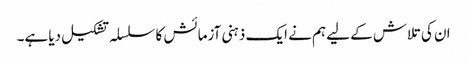
ان کی تلاش کے لیے ہم نے ایک ذہنی آزمائش کا سلسلہ تشکیل دیا ہے۔